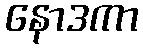
နောဒကာ